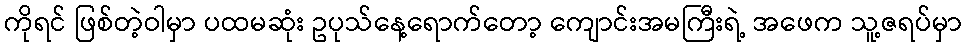
ကိုရင် ဖြစ်တဲ့ဝါမှာ ပထမဆုံး ဥပုသ်နေ့ရောက်တော့ ကျောင်းအမကြီးရဲ့ အဖေက သူ့ဇရပ်မှာ